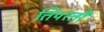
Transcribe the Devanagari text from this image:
तिपरती